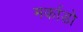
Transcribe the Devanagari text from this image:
मर्काडो